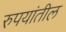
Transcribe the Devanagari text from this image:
रुपयांतील